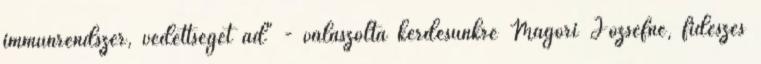
immunrendszer, védettséget ad" - válaszolta kérdésünkre Mágori Józsefné, fideszes